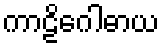
ကာဠိဂေါဓာယ